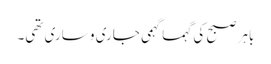
باہر صبح کی گہما گہمی جاری و ساری تھی۔